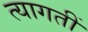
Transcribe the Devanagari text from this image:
त्यागतीं